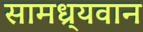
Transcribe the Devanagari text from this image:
सामध्र्यवान